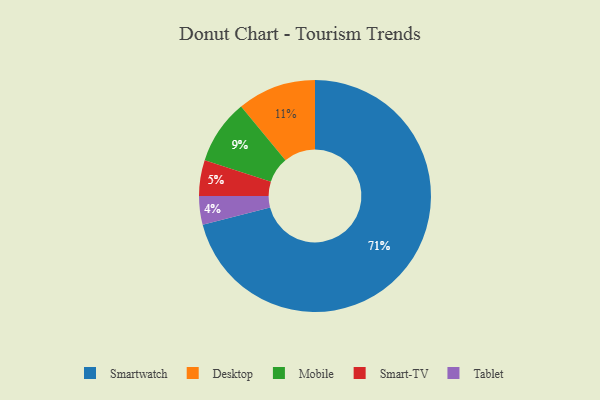
{"axis": {"x": "Category", "y": "Percentage"}, "legend": ["Desktop", "Mobile", "Smart-TV", "Smartwatch", "Tablet"], "data": [{"x": "Desktop", "y": 11, "type": "Desktop"}, {"x": "Tablet", "y": 4, "type": "Tablet"}, {"x": "Smart-TV", "y": 5, "type": "Smart-TV"}, {"x": "Smartwatch", "y": 71, "type": "Smartwatch"}, {"x": "Mobile", "y": 9, "type": "Mobile"}]}